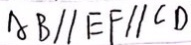
A B / / E F / / C D